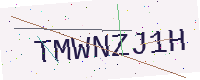
Text: TMWNZJ1H